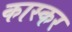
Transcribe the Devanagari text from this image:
कास्कर